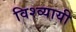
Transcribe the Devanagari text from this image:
विश्व्यायी